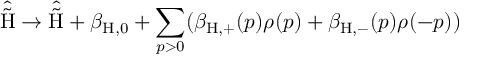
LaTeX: \hat { \tilde { \mathrm { H } } } \rightarrow \hat { \tilde { \mathrm { H } } } + \beta _ { \mathrm { H , 0 } } + \sum _ { p > 0 } ( \beta _ { \mathrm { H , + } } ( p ) \rho ( p ) + \beta _ { \mathrm { H , - } } ( p ) \rho ( - p ) )